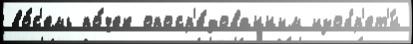
во́с'емь по́чек опоср'е́дованным изобр'ет'́н